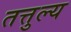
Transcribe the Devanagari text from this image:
तत्तुल्य